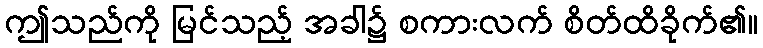
ဤသည်ကို မြင်သည့် အခါ၌ စကားလက် စိတ်ထိခိုက်၏။